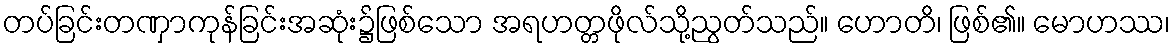
တပ်ခြင်းတဏှာကုန်ခြင်းအဆုံး၌ဖြစ်သော အရဟတ္တဖိုလ်သို့ညွတ်သည်။ ဟောတိ၊ ဖြစ်၏။ မောဟဿ၊